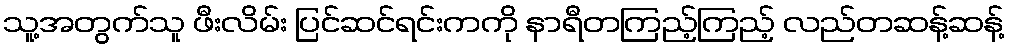
သူ့အတွက်သူ ဖီးလိမ်း ပြင်ဆင်ရင်းကကို နာရီတကြည့်ကြည့် လည်တဆန့်ဆန့်